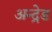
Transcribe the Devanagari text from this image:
अन्द्रेड